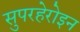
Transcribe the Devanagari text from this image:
सुपरहेरोइन